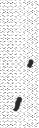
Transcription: Николаевич Апухтин;